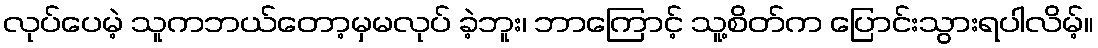
လုပ်ပေမဲ့ သူကဘယ်တော့မှမလုပ် ခဲ့ဘူး၊ ဘာကြောင့် သူ့စိတ်က ပြောင်းသွားရပါလိမ့်။